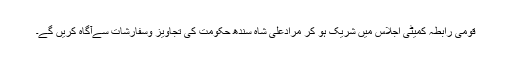
قومی رابطہ کمیٹی اجلاس میں شریک ہو کر مرادعلی شاہ سندھ حکومت کی تجاویز وسفارشات سےآگاہ کریں گے۔